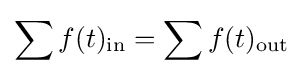
\sum f(t)_{\text{in}}=\sum f(t)_{\text{out}}